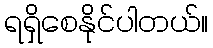
ရရှိစေနိုင်ပါတယ်။